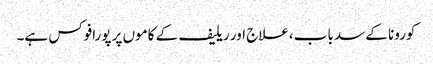
کورونا کے سدبا ب،علاج اور ریلیف کے کاموں پر پورافوکس ہے۔